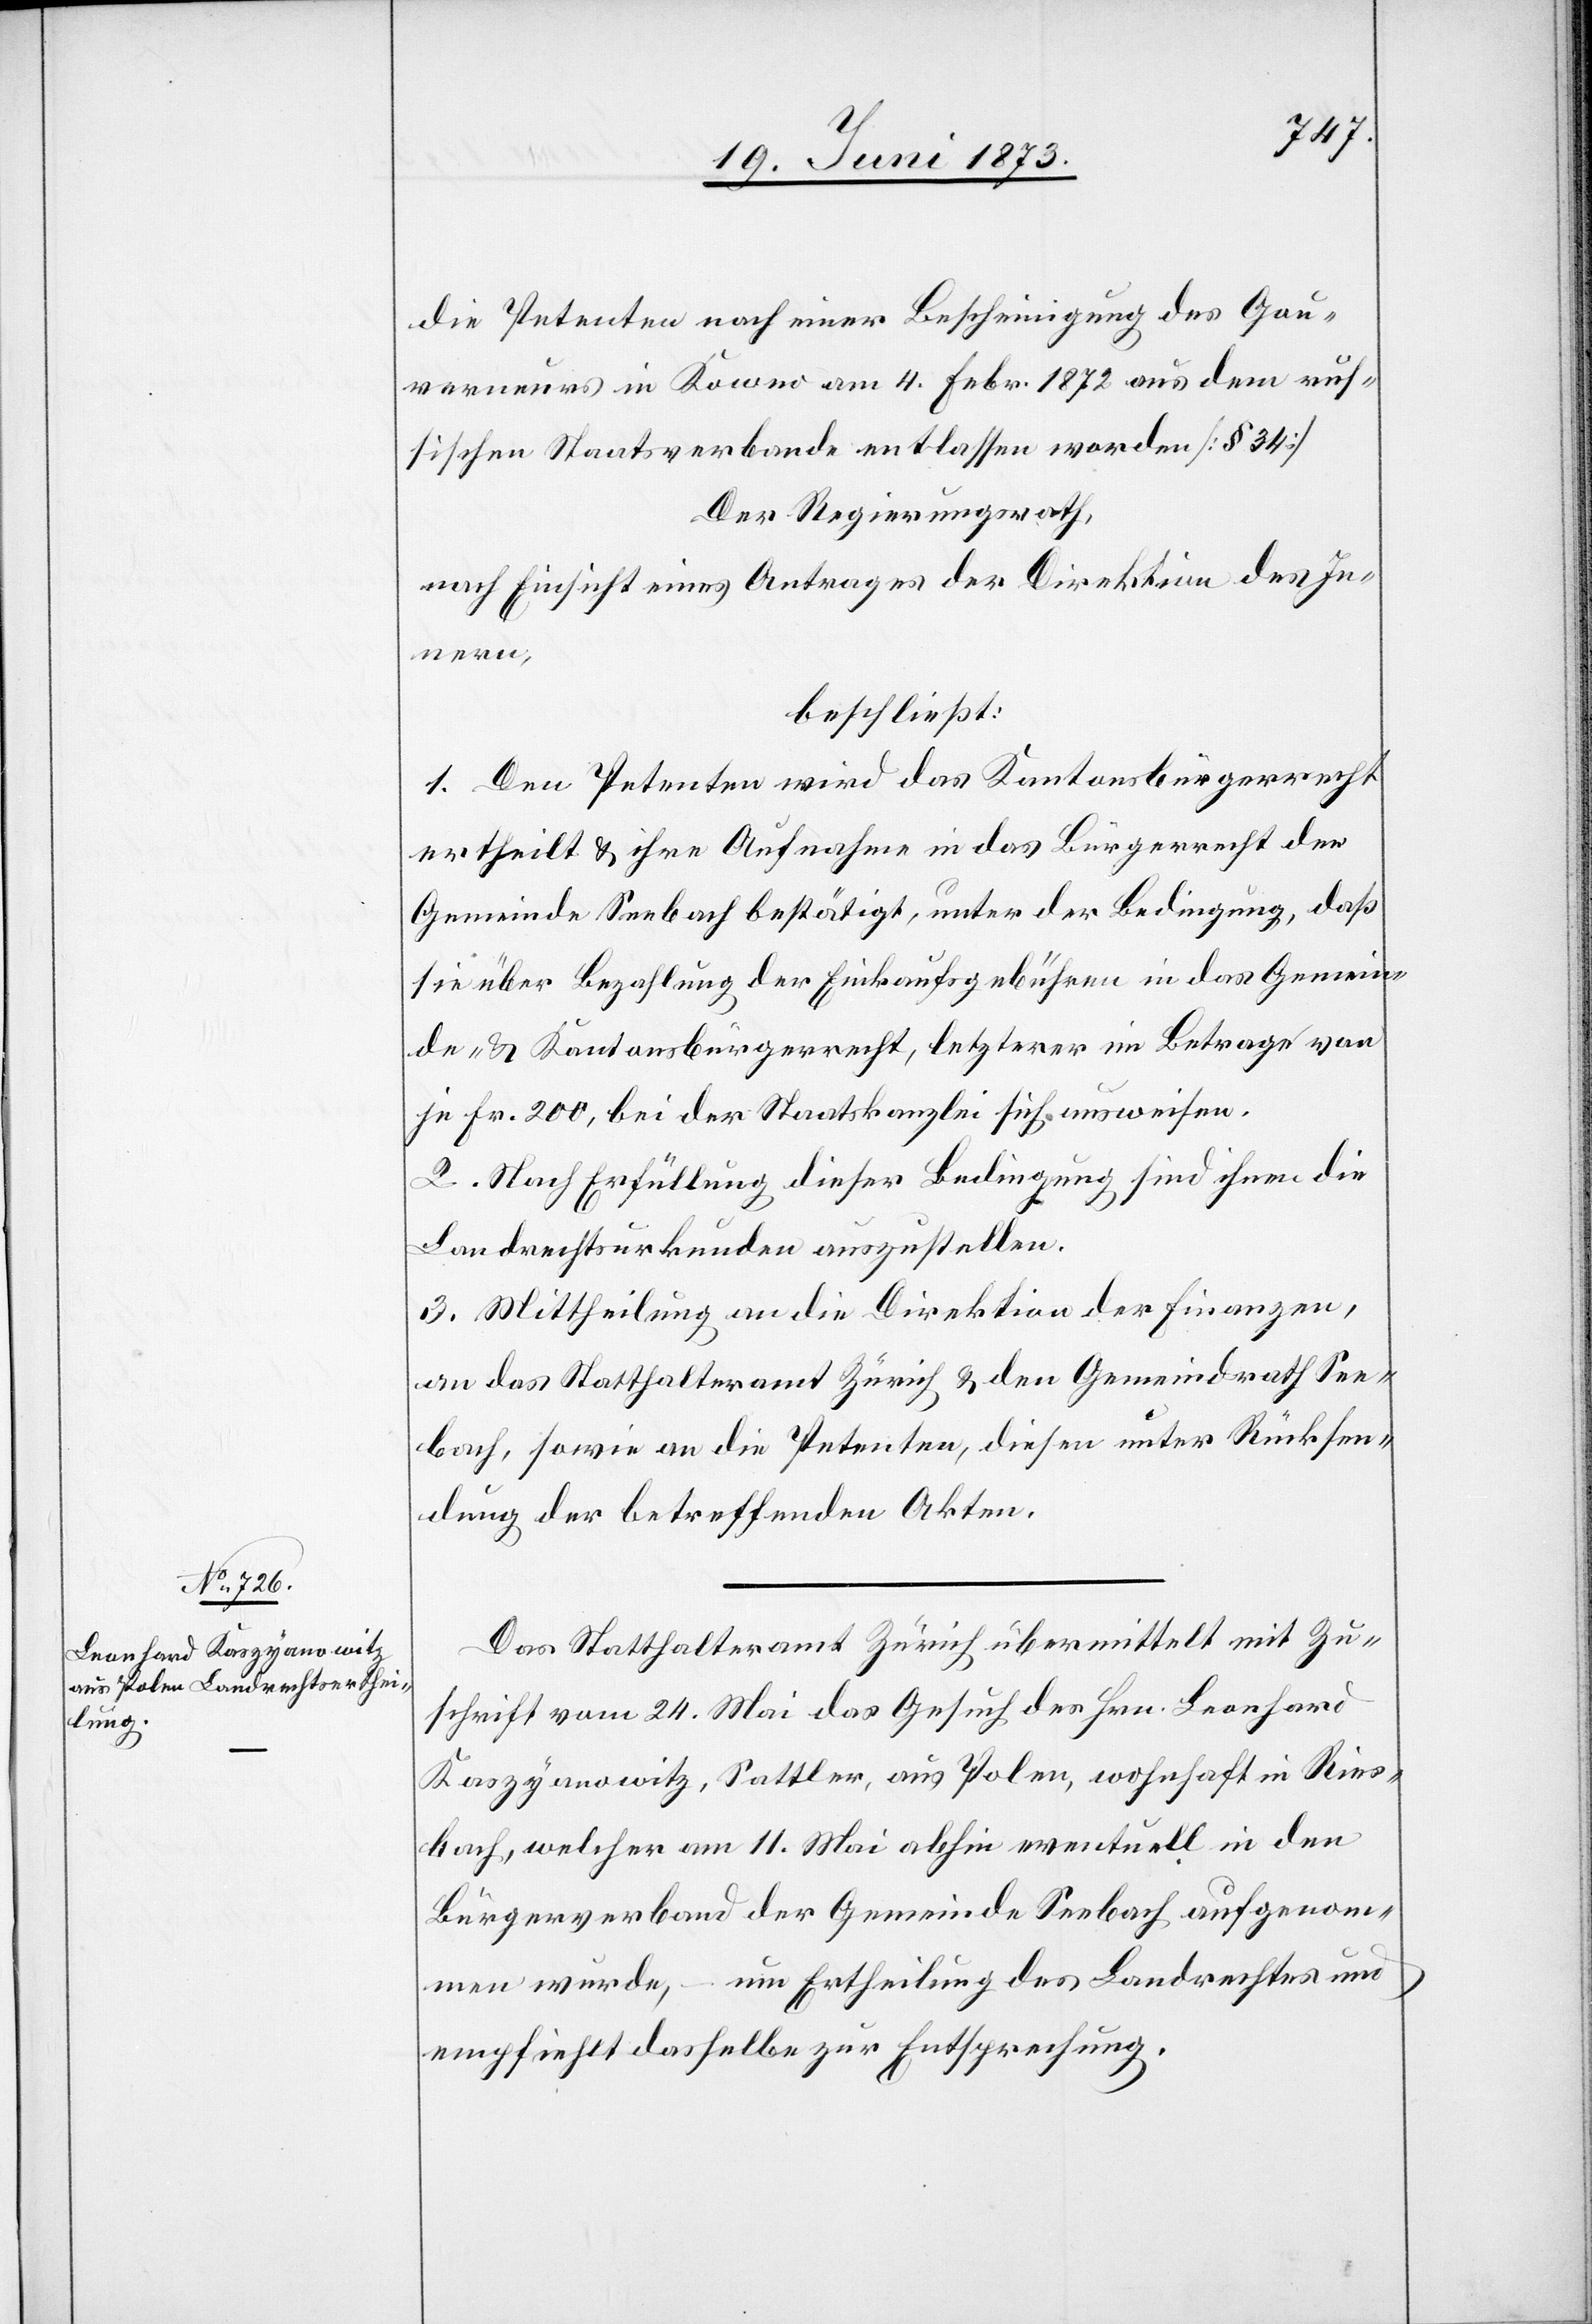
die Petenten nach einer Bescheinigung des Gou¬
verneurs in Kowno am 4. Febr. 1872 aus dem rus¬
sischen Staatsverbande entlassen worden [§ 34]
Der Regierungsrath,
nach Einsicht eines Antrages der Direktion des In¬
nern,
beschließt:
1. Den Petenten wird das Kantonsbürgerrecht
ertheilt & ihre Aufnahme in das Bürgerrecht der
Gemeinde Seebach bestätigt, unter der Bedingung, daß
sie über Bezahlung der Einkaufsgebühren in das Gemein¬
de- & Kantonsbürgerrecht, letzterer im Betrage von
je Fr. 200, bei der Staatskanzlei sich ausweisen.
2. Nach Erfüllung dieser Bedingung sind ihnen die
Landrechtsurkunden auszustellen.
3. Mittheilung an die Direktion der Finanzen,
an das Statthalteramt Zürich & den Gemeindrath See¬
bach, sowie an die Petenten, diesen unter Rücksen¬
dung der betreffenden Akten.
Das Statthalteramt Zürich übermittelt mit Zu¬
schrift vom 24. Mai das Gesuch des Hrn. Leonhard
Kaszyanowitz, Sattler, aus Polen, wohnhaft in Ries¬
bach, welcher am 11. Mai abhin eventuell in den
Bürgerverband der Gemeinde Seebach aufgenom¬
men wurde, – um Ertheilung des Landrechtes und
empfiehlt dasselbe zur Entsprechung.